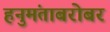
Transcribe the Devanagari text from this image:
हनुमंताबरोबर